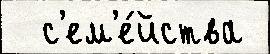
  с'ем'е́йства